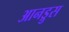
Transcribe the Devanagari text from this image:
आनड्रुस